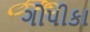
ગોપીકા